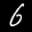
Label: 6